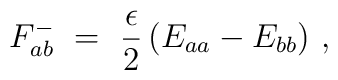
F_{ab}^-~=~\frac{\epsilon}{2} \, ( E_{aa} - E_{bb} )~,